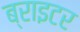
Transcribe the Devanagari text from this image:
ब्राइटर